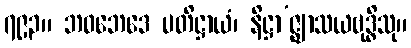
၇၉၃။ ဘဝဘေဒေ ပတိဋ္ဌာယံ၊ နိဋ္ဌာ’ဇ္ဈာသယဗုဒ္ဓိသု။